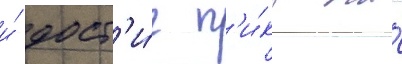
и́ дост'и́г п'и́ка на́